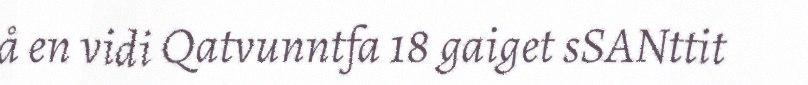
å en vidi Qatvunntfa 18 gaiget sSANttit